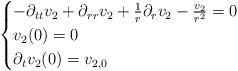
LaTeX: \begin{align*} \begin{cases} -\partial_{tt}v_{2}+\partial_{rr}v_{2}+\frac{1}{r}\partial_{r}v_{2}-\frac{v_{2}}{r^{2}}=0\\v_{2}(0)=0\\\partial_{t}v_{2}(0)=v_{2,0}\end{cases}\end{align*}